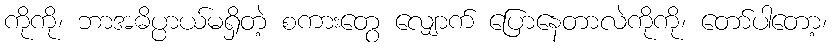
ကိုကို၊ ဘာအဓိပ္ပာယ်မရှိတဲ့ စကားတွေ လျှောက် ပြောနေတာလဲကိုကို၊ တော်ပါတော့၊